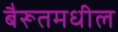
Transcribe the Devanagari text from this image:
बैरूतमधील